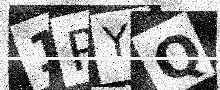
Text: 1PYQ